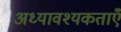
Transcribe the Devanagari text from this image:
अध्यावश्यकताएँ